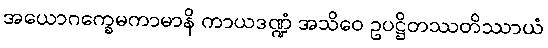
အယောဂက္ခေမကာမာနိ ကာယဒဏ္ဍံ အသိဝေ ဥပဋ္ဌိတဿတိဿာယံ